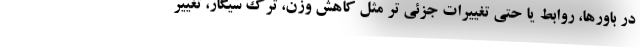
در باورها، روابط یا حتی تغییرات جزئی تر مثل کاهش وزن، ترک سیگار، تغییر